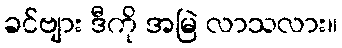
ခင်ဗျား ဒီကို အမြဲ လာသလား။